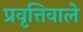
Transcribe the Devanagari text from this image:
प्रवृत्तिवाले